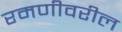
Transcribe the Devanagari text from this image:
रमणीवरील